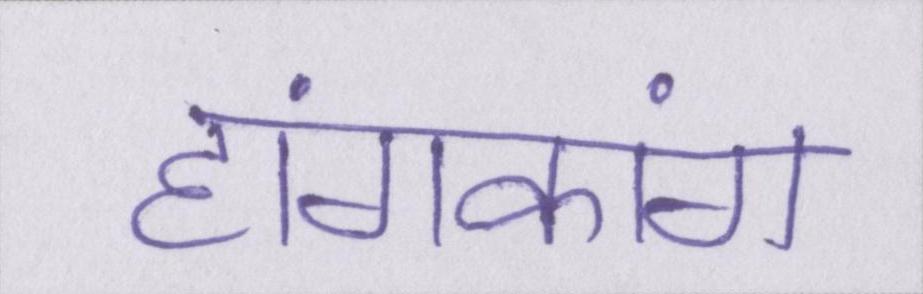
हांगकांग